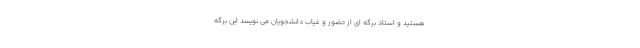
هستید و استاد برگه ای از حضور و غیاب دانشجویان می نویسد این برگه